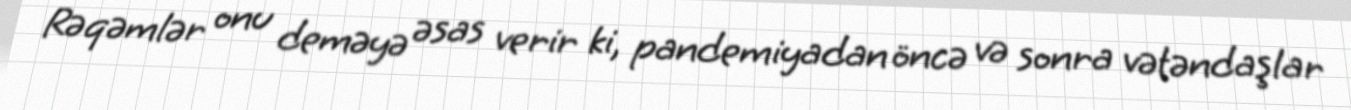
Rəqəmlər onu deməyə əsas verir ki, pandemiyadan öncə və sonra vətəndaşlar